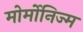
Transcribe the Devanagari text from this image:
मोर्मोनिज्म